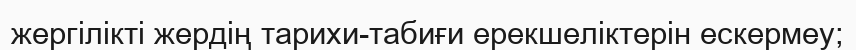
жергілікті жердің тарихи-табиғи ерекшеліктерін ескермеу;